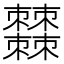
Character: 𣡍